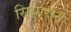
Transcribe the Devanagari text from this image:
सियारान